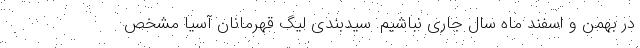
در بهمن و اسفند ماه سال جاری نباشیم. سیدبندی لیگ قهرمانان آسیا مشخص